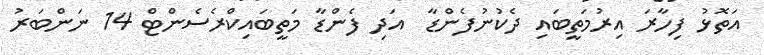
އަތޮޅު ފިހާރަ އިރުމަތީބައި ދެކުނުފެންޑާ  އަދި ފެންޑާ މަތީބައިކްރެސެންޓް 14 ނަންބަރު